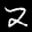
Label: 2